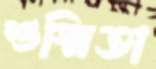
শুস্মিতা